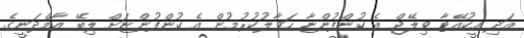
އަދި އީކުއޭޓާ ވިލޭޖް އެ ކުންފުންޏާ ހަވާލުކުރުމުން އެ ކުންފުންޏަށް ލިބޭ އާމްދަނީގެ